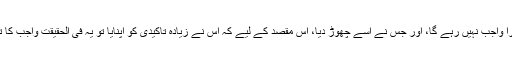
اس صورت میں دوسرا واجب نہیں رہے گا، اور جس نے اسے چھوڑ دیا، اس مقصد کے لیے کہ اس نے زیادہ تاکیدی کو اپنایا تو یہ فی الحقیقت واجب کا تارک شمار نہیں ہوگا۔